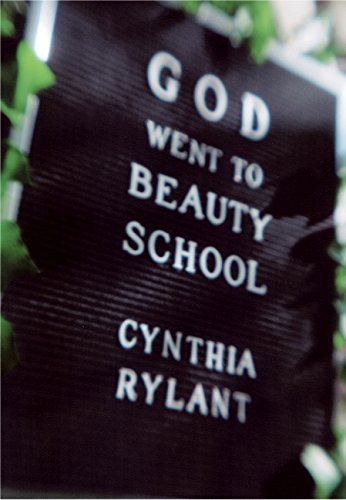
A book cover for God Went to Beauty School; Cynthia Rylant; Teen & Young Adult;